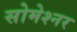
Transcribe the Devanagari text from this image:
सोमेश्नर